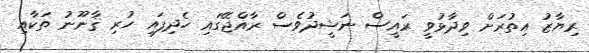
ރިޔާޒު އިތުރަށް ވިދާޅުވީ ރައީސް ނަޝީދުވެސް ރާއްޖޭގައި ހެދިފައި ހުރި ޤާނޫނު ތަކާއި